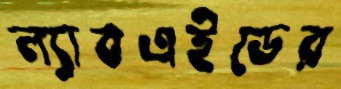
ল্যাবএইডের